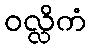
ဝလ္လိကံ